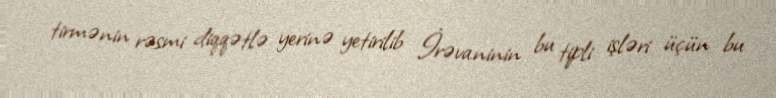
tirmənin rəsmi diqqətlə yerinə yetirilib İrəvaninin bu tipli işləri üçün bu